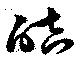
皓